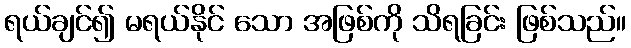
ရယ်ချင်၍ မရယ်နိုင် သော အဖြစ်ကို သိရခြင်း ဖြစ်သည်။